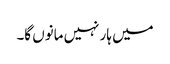
میں ہار نہیں مانوں گا۔